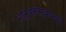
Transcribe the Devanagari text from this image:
नाट्यसंस्थांमध्ये